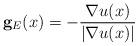
LaTeX: \begin{align*}\mathbf{g}_{E}( x ) = -\frac{\nabla u (x)}{ |\nabla u (x) |}\end{align*}